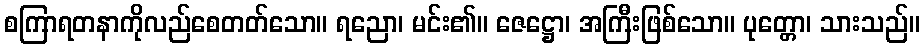
စကြာရတနာကိုလည်စေတတ်သော။ ရညော၊ မင်း၏။ ဇေဋ္ဌော၊ အကြီးဖြစ်သော။ ပုတ္တော၊ သားသည်။